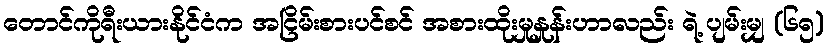
တောင်ကိုရီးယားနိုင်ငံက အငြိမ်းစားပင်စင် အစားထိုးမှုနှုန်းဟာလည်း ရဲ့ ပျမ်းမျှ (၆၅)